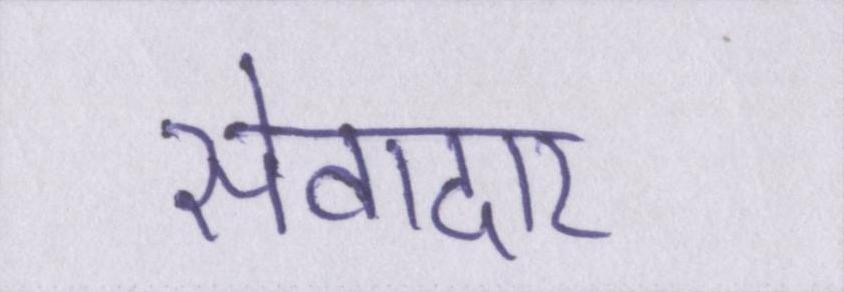
सेवादार